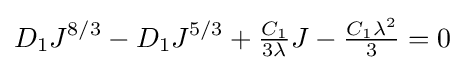
D_{1}J^{8/3}-D_{1}J^{5/3}+{\tfrac {C_{1}}{3\lambda }}J-{\tfrac {C_{1}\lambda ^{2}}{3}}=0